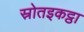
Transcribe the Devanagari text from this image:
स्रोतइकट्ठा